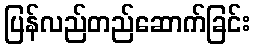
ပြန်လည်တည်ဆောက်ခြင်း